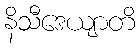
နိသီဒေယျာတိ